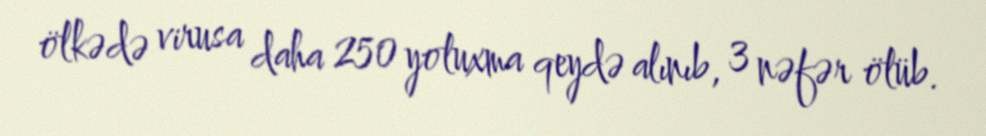
ölkədə virusa daha 250 yoluxma qeydə alınıb, 3 nəfər ölüb.